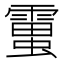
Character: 𧒜